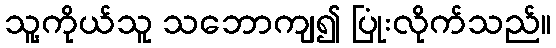
သူ့ကိုယ်သူ သဘောကျ၍ ပြုံးလိုက်သည်။